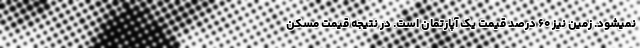
نمیشود. زمین نیز ۶۰ درصد قیمت یک آپارتمان است. در نتیجه قیمت مسکن